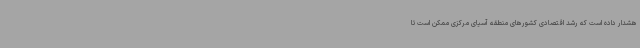
هشدار داده است که رشد اقتصادی کشورهای منطقه آسیای مرکزی ممکن است تا